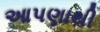
આપણાથી